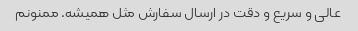
عالی و سریع و دقت در ارسال سفارش مثل همیشه. ممنونم